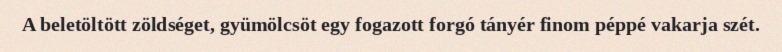
A beletöltött zöldséget, gyümölcsöt egy fogazott forgó tányér finom péppé vakarja szét.